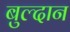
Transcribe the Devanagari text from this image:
बुल्दान